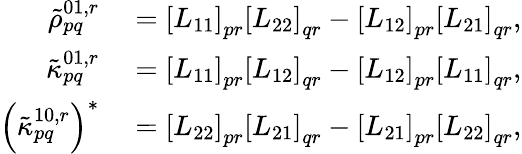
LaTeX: \begin{array}{rl}{\tilde{\rho}_{pq}^{01,r}}&{{}=\left[L_{11}\right]_{pr}\left[L_{22}\right]_{qr}-\left[L_{12}\right]_{pr}\left[L_{21}\right]_{qr},}\\ {\tilde{\kappa}_{pq}^{01,r}}&{{}=\left[L_{11}\right]_{pr}\left[L_{12}\right]_{qr}-\left[L_{12}\right]_{pr}\left[L_{11}\right]_{qr},}\\ {\left(\tilde{\kappa}_{pq}^{10,r}\right)^{*}}&{{}=\left[L_{22}\right]_{pr}\left[L_{21}\right]_{qr}-\left[L_{21}\right]_{pr}\left[L_{22}\right]_{qr},}\end{array}